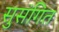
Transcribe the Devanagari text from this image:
सुसंगित